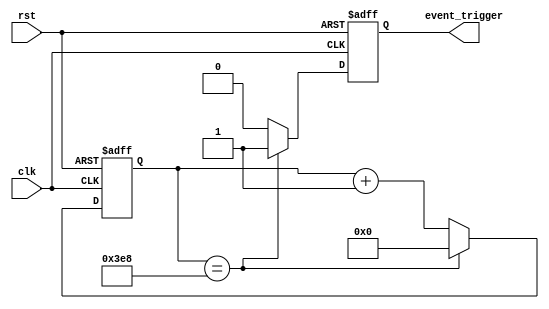
module EventTimer (
  input wire clk,  // clock input
  input wire rst,  // reset input
  output reg event_trigger  // event trigger output
);

reg [15:0] counter;  // 16-bit counter for measuring time intervals

always @ (posedge clk or posedge rst) begin
  if (rst) begin
    counter <= 0;
    event_trigger <= 0;
  end else begin
    counter <= counter + 1;
    
    // Trigger event at specific time intervals
    if (counter == 1000) begin  // Change this value to set the time interval
      event_trigger <= 1;
      counter <= 0;
    end else begin
      event_trigger <= 0;
    end
  end
end

endmodule